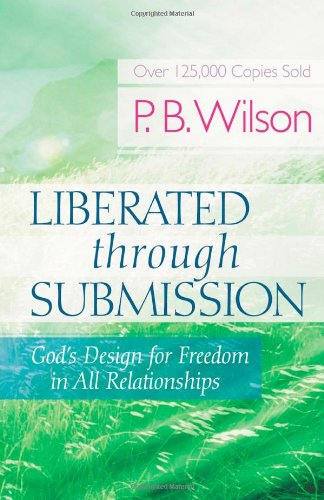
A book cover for Liberated Through Submission: God's Design for Freedom in All Relationships!; P.B. Wilson; Religion & Spirituality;